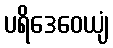
ပရိဒေဝေယျံ